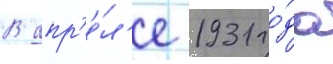
В апр'е́л'е 1931 го́да